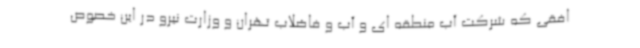
افقی که شرکت آب منطقه ای و آب و فاضلاب تهران و وزارت نیرو در این خصوص